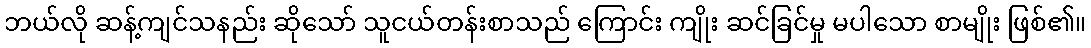
ဘယ်လို ဆန့်ကျင်သနည်း ဆိုသော် သူငယ်တန်းစာသည် ကြောင်း ကျိုး ဆင်ခြင်မှု မပါသော စာမျိုး ဖြစ်၏။